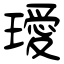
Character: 璦